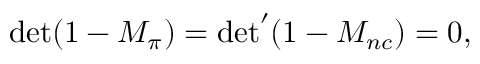
{ \operatorname * { d e t } ( 1 - M _ { \pi } ) = { \operatorname * { d e t } } ^ { \prime } ( 1 - M _ { n c } ) = 0 , }